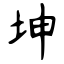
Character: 坤